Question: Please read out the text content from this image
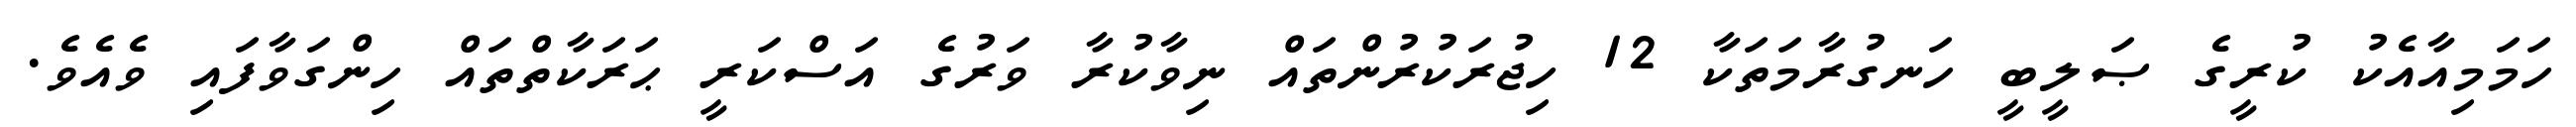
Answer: ހަމަމިއާއެކު ކުރީގެ ޞަލީބީ ހަނގުރާމަތަކާ 12 ހިޖުރަކުރުންތައް ނިވާކުރާ ވަރުގެ އަސްކަރީ ޙަރަކާތްތައް ހިންގަވާފައި ވެއެވެ.